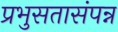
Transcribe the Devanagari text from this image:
प्रभुसतासंपन्न